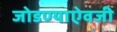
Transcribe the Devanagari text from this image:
जोडण्याऐवजी